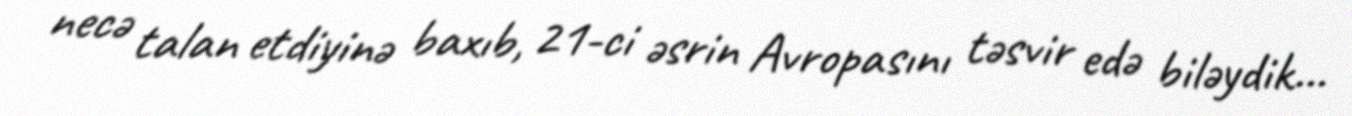
necə talan etdiyinə baxıb, 21-ci əsrin Avropasını təsvir edə biləydik...